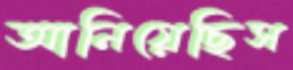
আনিয়েছিস